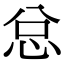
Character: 总